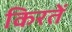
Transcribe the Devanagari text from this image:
किरतें